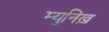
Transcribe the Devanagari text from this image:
म्युनिख़